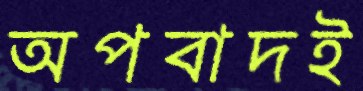
অপবাদই